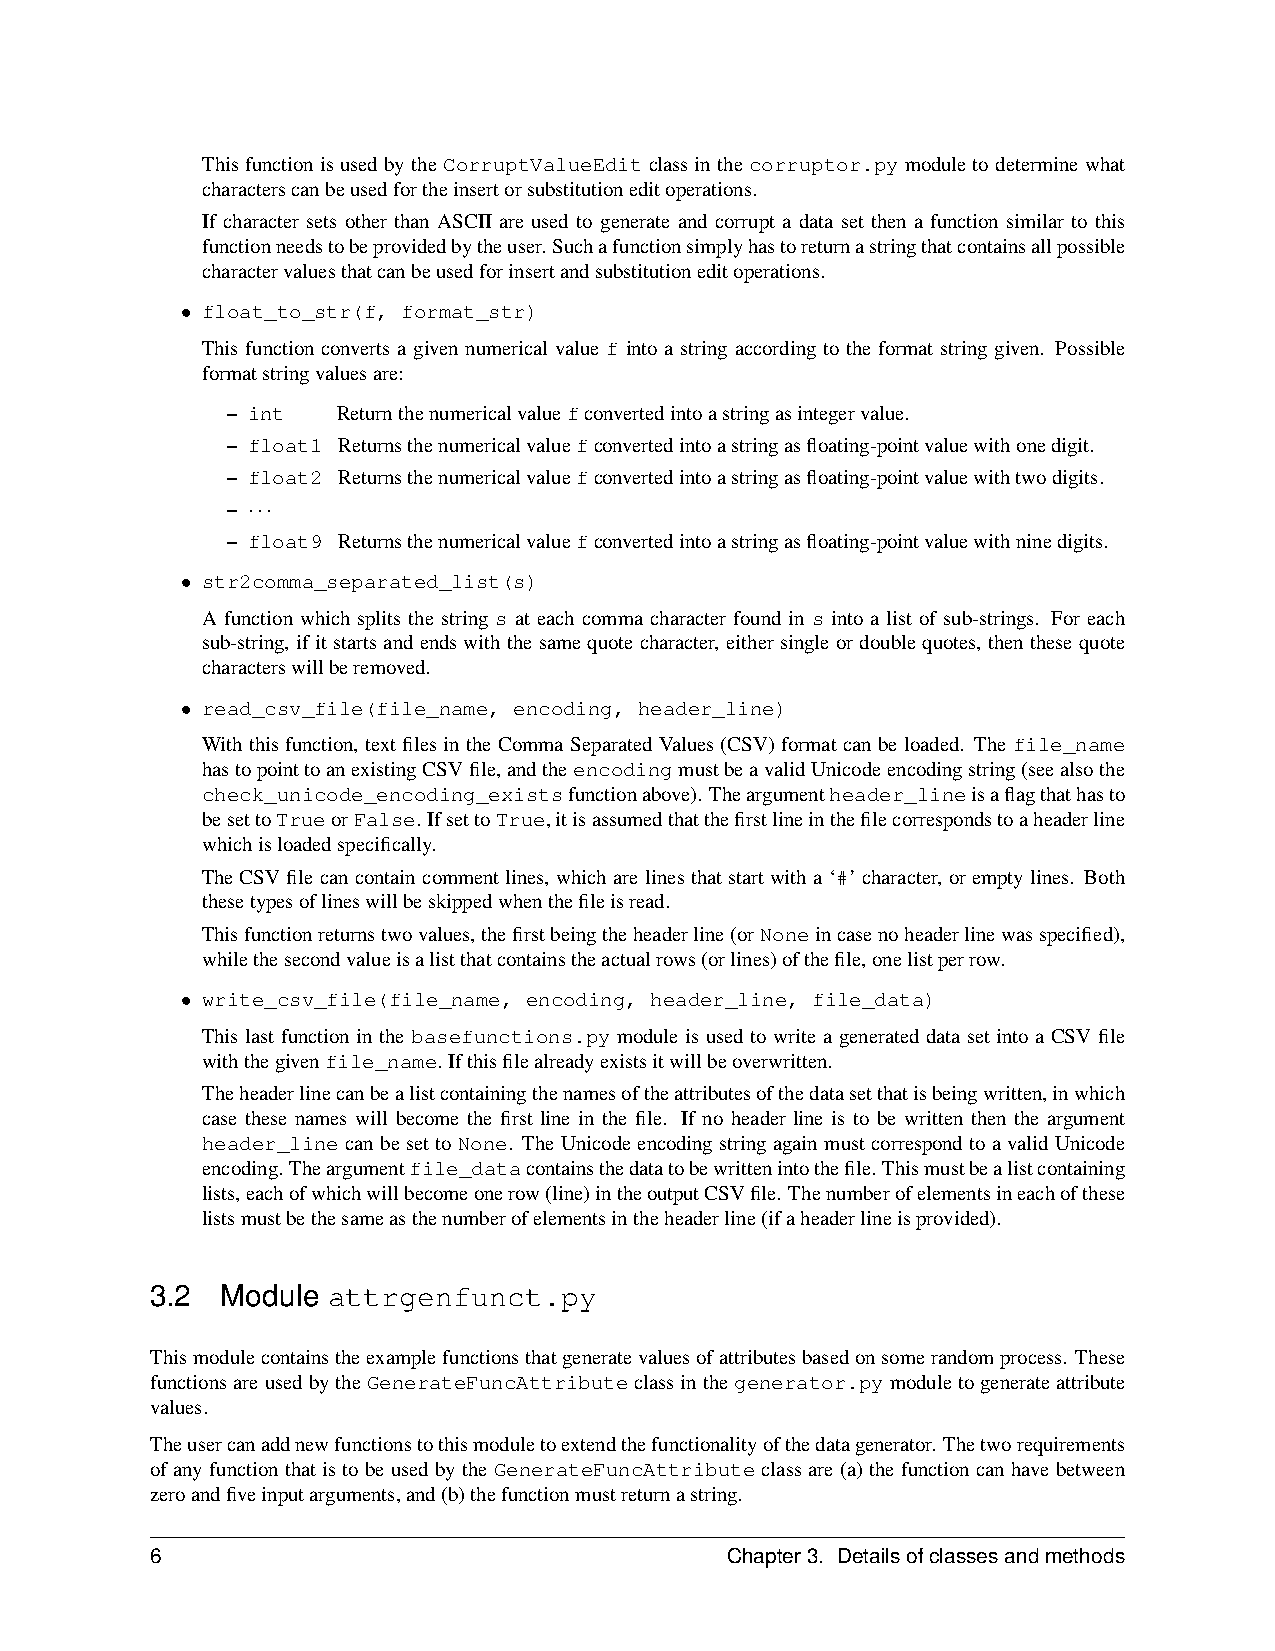
ThisfunctionisusedbytheCorruptValueEditclassinthecorruptor.pymoduletodeterminewhat
 characterscanbeusedfortheinsertorsubstitutioneditoperations.
 If character sets other than ASCII are used to generate and corrupt a data set then a function similar to this
 functionneedstobeprovidedbytheuser. Suchafunctionsimplyhastoreturnastringthatcontainsallpossible
 charactervaluesthatcanbeusedforinsertandsubstitutioneditoperations.
 • float_to_str(f, format_str)
 This function converts a given numerical value f into a string according to the format string given. Possible
 formatstringvaluesare:
 – int  Returnthenumericalvaluefconvertedintoastringasintegervalue.
 – float1 Returnsthenumericalvaluefconvertedintoastringasfloating-pointvaluewithonedigit.
 – float2 Returnsthenumericalvaluefconvertedintoastringasfloating-pointvaluewithtwodigits.
 – ···
 – float9 Returnsthenumericalvaluefconvertedintoastringasfloating-pointvaluewithninedigits.
 • str2comma_separated_list(s)
 A function which splits the string s at each comma character found in s into a list of sub-strings. For each
 sub-string, ifitstartsandendswiththesamequotecharacter, eithersingleordoublequotes, thenthesequote
 characterswillberemoved.
 • read_csv_file(file_name, encoding, header_line)
 With this function, text files in the Comma Separated Values (CSV) format can be loaded. The file_name
 hastopointtoanexistingCSVfile,andtheencodingmustbeavalidUnicodeencodingstring(seealsothe
 check_unicode_encoding_existsfunctionabove). Theargumentheader_lineisaflagthathasto
 besettoTrueorFalse. IfsettoTrue,itisassumedthatthefirstlineinthefilecorrespondstoaheaderline
 whichisloadedspecifically.
 The CSV file can contain comment lines, which are lines that start with a ‘#’ character, or empty lines. Both
 thesetypesoflineswillbeskippedwhenthefileisread.
 Thisfunctionreturnstwovalues,thefirstbeingtheheaderline(orNoneincasenoheaderlinewasspecified),
 whilethesecondvalueisalistthatcontainstheactualrows(orlines)ofthefile,onelistperrow.
 • write_csv_file(file_name, encoding, header_line, file_data)
 This last function in the basefunctions.py module is used to write a generated data set into a CSV file
 withthegivenfile_name. Ifthisfilealreadyexistsitwillbeoverwritten.
 Theheaderlinecanbealistcontainingthenamesoftheattributesofthedatasetthatisbeingwritten,inwhich
 case these names will become the first line in the file. If no header line is to be written then the argument
 header_line canbe setto None. TheUnicode encodingstringagain mustcorrespondtoa validUnicode
 encoding. Theargumentfile_datacontainsthedatatobewrittenintothefile. Thismustbealistcontaining
 lists,eachofwhichwillbecomeonerow(line)intheoutputCSVfile. Thenumberofelementsineachofthese
 listsmustbethesameasthenumberofelementsintheheaderline(ifaheaderlineisprovided).
 3.2  Module attrgenfunct.py
 Thismodulecontainstheexamplefunctionsthatgeneratevaluesofattributesbasedonsomerandomprocess. These
 functionsareusedbytheGenerateFuncAttributeclassinthegenerator.pymoduletogenerateattribute
 values.
 Theusercanaddnewfunctionstothismoduletoextendthefunctionalityofthedatagenerator. Thetworequirements
 of any function thatis to be used by the GenerateFuncAttribute class are (a) thefunction can have between
 zeroandfiveinputarguments,and(b)thefunctionmustreturnastring.
 6                                     Chapter3. Detailsofclassesandmethods